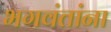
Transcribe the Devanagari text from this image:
भगवंतांना